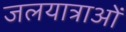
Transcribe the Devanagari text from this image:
जलयात्राओं